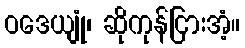
ဝဒေယျုံ၊ ဆိုကုန်ငြားအံ့။